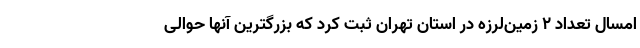
امسال تعداد ۲ زمین‌لرزه در استان تهران ثبت کرد که بزرگترین آنها حوالی